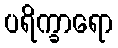
ပရိက္ခာရော